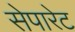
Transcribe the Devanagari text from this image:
सेपारेट